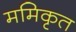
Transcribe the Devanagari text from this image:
ममिकृत